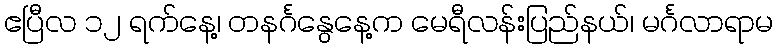
ဧပြီလ ၁၂ ရက်နေ့၊ တနင်္ဂနွေနေ့က မေရီလန်းပြည်နယ်၊ မင်္ဂလာရာမ